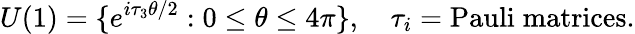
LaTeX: U(1)=\{ e^{i{\tau}_{3}\theta/2}:0\leq\theta\leq 4\pi\} ,\quad{\tau}_{i}=\mathrm{Pauli\; matrices}.